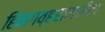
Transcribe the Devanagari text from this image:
हिमगव्हरांमधील